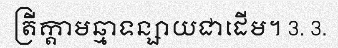
ត្រីក្តាមឆ្មាទន្សាយជាដើម។ 3. 3.